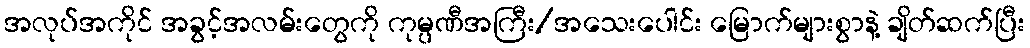
အလုပ်အကိုင် အခွင့်အလမ်းတွေကို ကုမ္ပဏီအကြီး/အသေးပေါင်း မြောက်များစွာနဲ့ ချိတ်ဆက်ပြီး